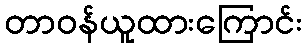
တာဝန်ယူထားကြောင်း